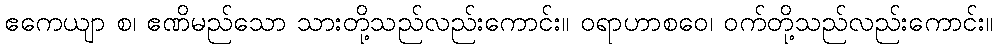
ဧကေယျာ စ၊ ဧဏိမည်သော သားတို့သည်လည်းကောင်း။ ဝရာဟာစဝေ၊ ဝက်တို့သည်လည်းကောင်း။